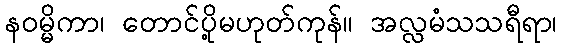
နဝမ္မိကာ၊ တောင်ပို့မဟုတ်ကုန်။ အလ္လမံသသရီရာ၊